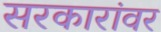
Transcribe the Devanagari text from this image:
सरकारांवर